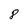
Character: 8